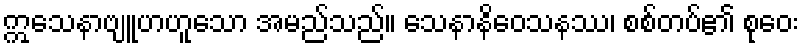
ဣသေနာဗျူဟဟူသော အမည်သည်။ သေနာနိဝေသနဿ၊ စစ်တပ်၏ စုဝေး